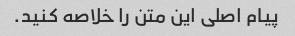
پیام اصلی این متن را خلاصه کنید.